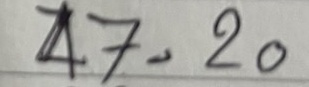
47 = 20